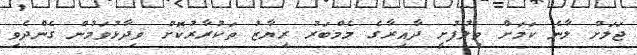
ޖަލަށް ލާނެ ކަމަށް ވިލުފުށީ ދާއިރާގެ މެމްބަރު ރިޔާޒު ތަކުރާރުކޮށް ވިދާޅުވަމުން ގެންދެވި